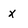
Character: x